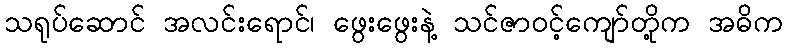
သရုပ်ဆောင် အလင်းရောင်၊ ဖွေးဖွေးနဲ့ သင်ဇာဝင့်ကျော်တို့က အဓိက